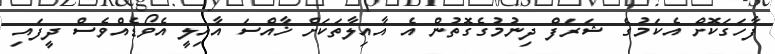
ފާހަގަކޮށް އެކަމުގެ ޝަރަފް ދިނުމުގެގޮތުން އެ އާއިލާތަކަށް ޚާއްސަ އާއިލީ އެވޯޑެއްވެސް ދީފައި